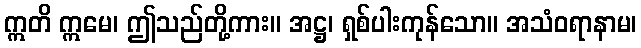
ဣတိ ဣမေ၊ ဤသည်တို့ကား။ အဋ္ဌ၊ ရှစ်ပါးကုန်သော။ အသံဝရာနာမ၊